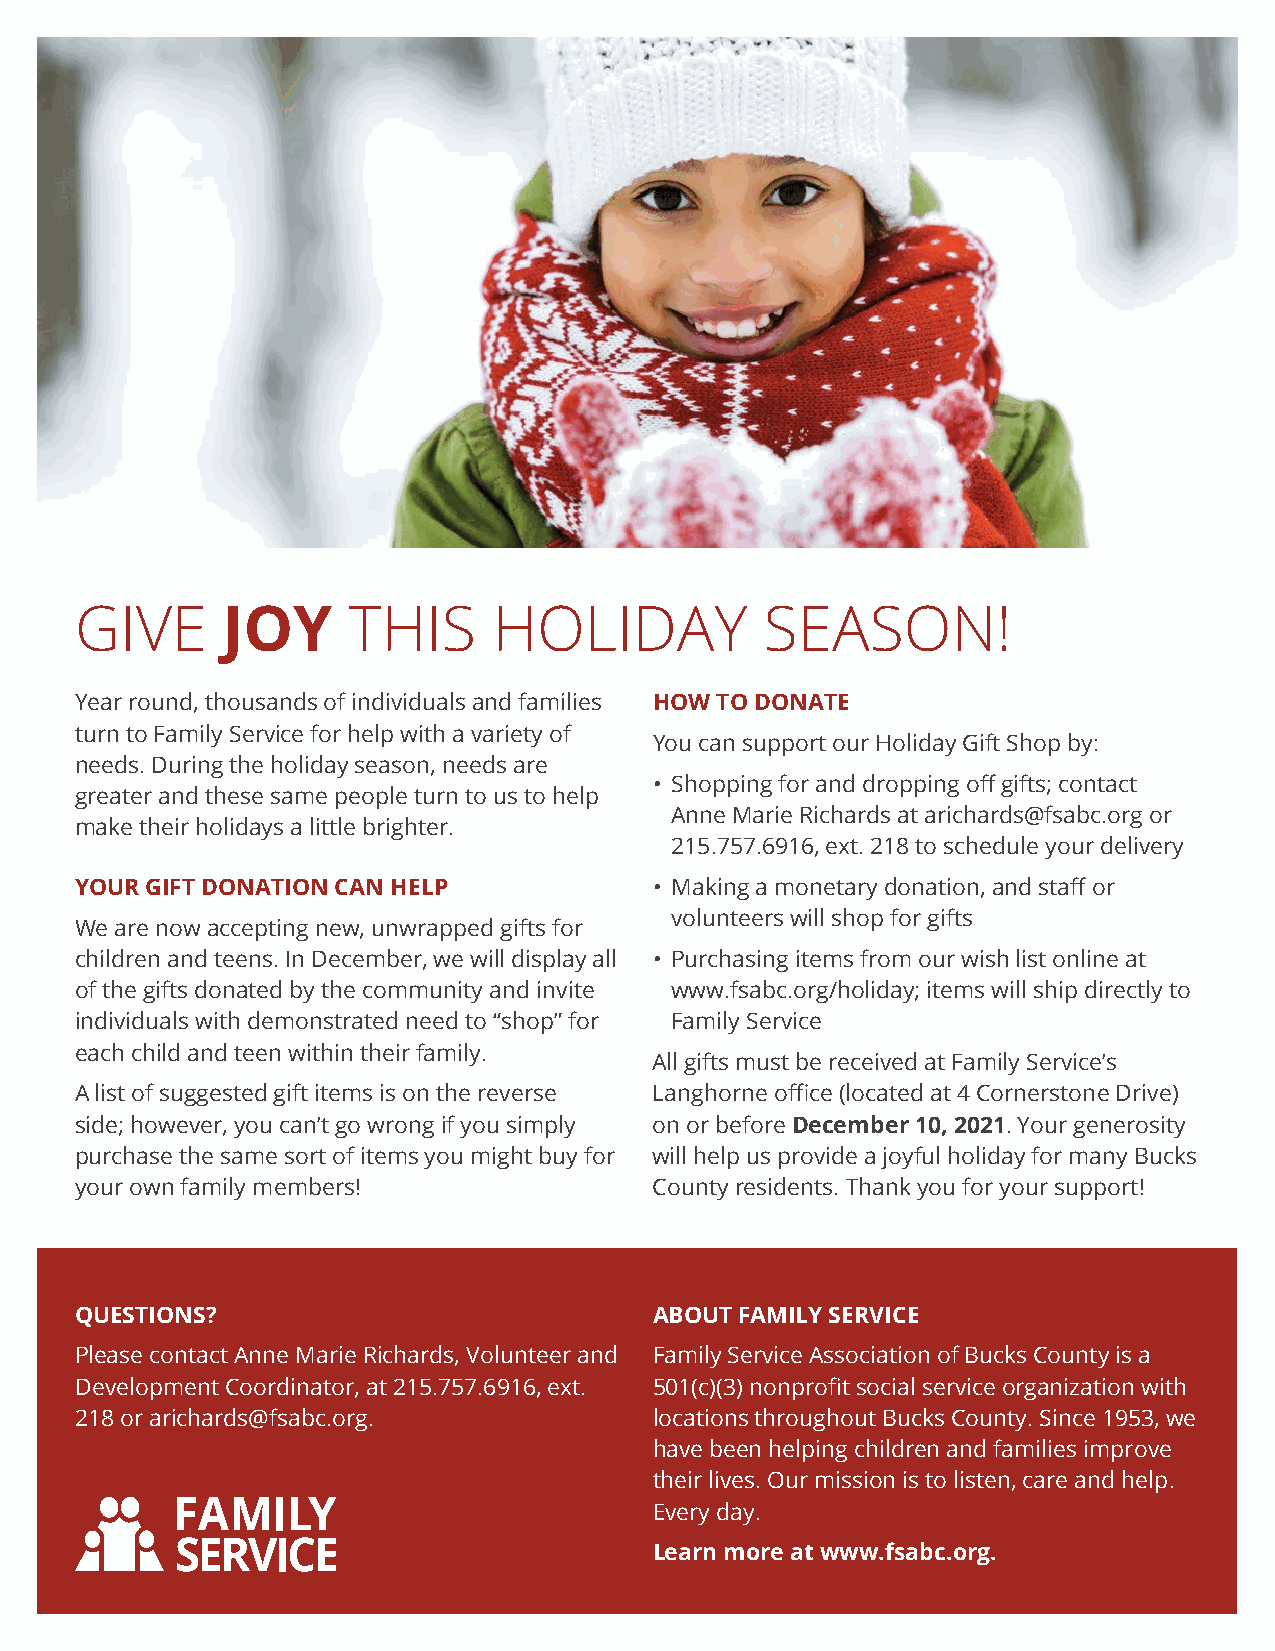
GIVE      JOY     THIS      HOLIDAY           SEASON!
 Year round, thousands of individuals and families HOW TO DONATE
 turn to Family Service for help with a variety of
 You can support our Holiday Gift Shop by:
 needs. During the holiday season, needs are
 • Shopping for and dropping off gifts; contact
 greater and these same people turn to us to help
 Anne Marie Richards at arichards@fsabc.org or
 make their holidays a little brighter.
 215.757.6916, ext. 218 to schedule your delivery
 YOUR GIFT DONATION CAN HELP           • Making a monetary donation, and staff or
 volunteers will shop for gifts
 We are now accepting new, unwrapped gifts for
 children and teens. In December, we will display all • Purchasing items from our wish list online at
 of the gifts donated by the community and invite www.fsabc.org/holiday; items will ship directly to
 individuals with demonstrated need to “shop” for Family Service
 each child and teen within their family.
 All gifts must be received at Family Service’s
 A list of suggested gift items is on the reverse Langhorne office (located at 4 Cornerstone Drive)
 side; however, you can’t go wrong if you simply on or before December 10, 2021. Your generosity
 purchase the same sort of items you might buy for will help us provide a joyful holiday for many Bucks
 your own family members!              County residents. Thank you for your support!
 QUESTIONS?                            ABOUT FAMILY SERVICE
 Please contact Anne Marie Richards, Volunteer and Family Service Association of Bucks County is a
 Development Coordinator, at 215.757.6916, ext. 501(c)(3) nonprofit social service organization with
 218 or arichards@fsabc.org.           locations throughout Bucks County. Since 1953, we
 have been helping children and families improve
 their lives. Our mission is to listen, care and help.
 Every day.
 Learn more at www.fsabc.org.